Report on sanitation, dispensaries, and jails in Rajputana for 1910, and on vaccination for the year 1910-1911 - 1910-1911
Year: 1910
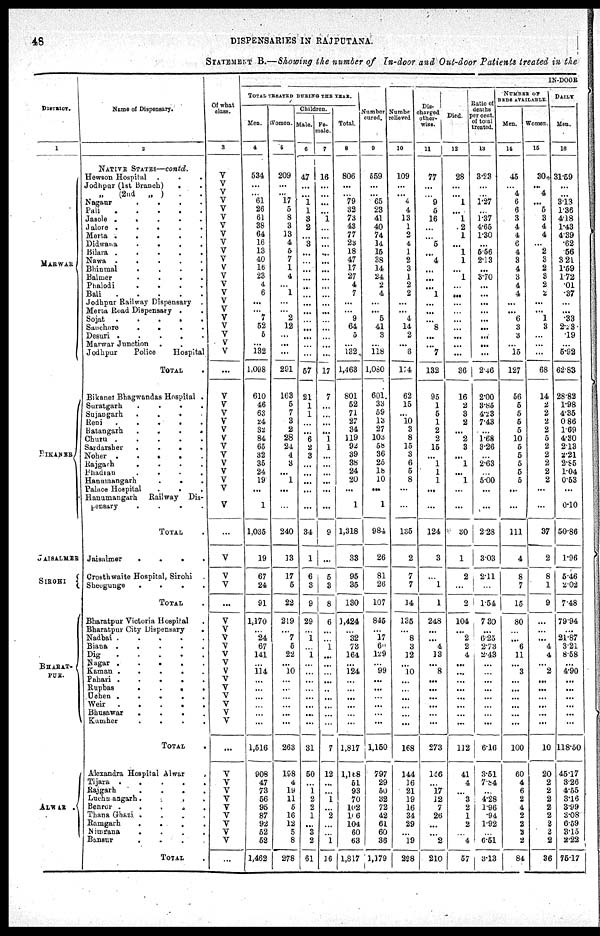
48
DISPENSARIES IN RAJPUTANA.
STATEMENT B.—Showing the number of In-door and Out-door Patients treated in the
DISTRICT.
1
MARWAR
BIKANER
JAISALMER
SIROHI
BHARAT-
PUR.
ALWAR
.
Name of Dispensary.
2
NATIVE STATES—contd.
Hewson Hospital .
.
.
Jodhpur (1st Branch)
. . .
„ (2nd „ )
. .
Nagaur
.
.
.
.
.
.
Pali . . . . . . .
Jasole . . . . . . .
Jalore . . . . . . .
Merta
.
.
.
.
.
.
.
Didwana
.
.
.
.
.
.
Bilara
.
.
.
.
.
.
Nawa
.
.
.
.
.
.
Bhinmal . . . . . . . .
Balmer . . . . . . . .
Phalodi . . . . . . . .
Bali . . . . . . . .
Jodhpar Railway Dispensary . .
Merta Road Dispensary . .
Sojat . . . . . .
Sanchore . . . . . . . .
Desuri . . . . . . . .
Marwar Junction . . . . . . . .
Jodhpur
Police
Hospital
TOTAL .
Bikaner Bhagwandas Hospital .
Suratgarh . . . . . .
Sujangarh . . . . . .
Reni
.
.
.
.
.
.
.
Ratangarh . . . . . . . .
Churu . . . . . . . .
Sardarsher . . . . . . .
Noher . . . . . . . .
Rajgarh . . . . . . .
Bhadran . . . . . . . .
Hanumangarh . . . . . .
Palace Hospital . . . . . . .
Hanumangarh
Railway Dis-
pensary . . . . . . . .
TOTAL .
Jaisalmer . . . . . . .
Crosth waite Hospital, Sirohi .
Sheogunge . . . . . . .
TOTAL .
Bharatpur Victoria Hospital . . .
Bharatpur City Dispensary
.
Nadbai
.
.
.
.
.
.
Biana
.
.
.
.
.
.
.
Dig
.
.
.
.
.
.
Nagar . . . . . . .
Kaman . . . . . . .
Pahari
.
.
.
.
.
.
.
Rupbas
.
.
.
.
.
.
Uchen
.
.
.
.
.
.
Weir . . . . . . . .
Bhusawar . . . . . . .
Kumher . . . . . . .
TOTAL .
Alexandra Hospital Alwar
.
Tijara . . . . . . . . . .
Rajgarh
.
.
.
.
.
.
Luchmangarh . . . . . . .
Benror . . . . . . .
Thana Ghazi . . . . . . .
Ramgarh . . . . .
Nimrana
.
.
.
.
.
.
Bansur
.
.
.
.
.
.
TOTAL .
Of what
class.
3
V
V
V
V
V
V
V
V
V
V
V
V
V
V
V
V
V
V
V
V
V
V
...
V
V
V
V
V
V
V
V
V
V
V
V
V
...
V
V
V
...
V
V
V
V
V
V
V
V
V
V
V
V
V
...
V
V
V
V
V
V
V
V
V
...
IN-DOOR
TOTAL TREATED DURING THE YEAR
Men.
4
534
...
...
61
26
61
38
64
16
13
40
16
23
4
6
...
...
7
52
5
...
132
1,098
610
46
63
24
32
84
65
32
35
24
19
...
1
1,035
19
67
24
91
1,170
...
24
67
141
...
114
...
...
...
...
...
...
1,516
908
47
73
56
95
87
92
52
52
1,462
Women.
5
209
...
... 17
5
8
3
13
4
5
7
1
4
...
1
...
...
2
12
...
...
...
291
163
5
7
3
2
28
24
4
3
...
1
...
...
240
13
17
5
22
219
...
7
5
22
... 10
...
...
...
...
...
...
263
198
4
19
11
5
16
12
5
8
278
Children.
Male.
6
47
...
...
1
1
3
2
...
3
...
...
...
...
...
...
...
...
...
...
...
...
...
57
21
1
1
...
...
6
2
3
...
...
...
...
...
34
1
6
3
9
29
...
1
...
1
...
...
...
...
...
...
...
...
31
50
...
1
2
2
1
...
3
2
61
Fe-
--le.
7
16
...
...
...
...
1
...
...
...
...
...
...
...
...
...
...
...
...
...
...
...
...
17
7
...
...
...
...
1
1
...
...
...
...
...
...
9
...
5
3
8
6
...
...
1
...
...
...
...
...
...
...
...
...
7
12
...
...
1
...
2
...
...
1
16
Total.
8
806
...
...
79
32
73
43
77
23
18
47
17
27
4
7
...
...
9
64
5
...
132
1,463
801
52
71
27
34
119
92
39
38
24
20
...
1
1,318
33
95
35
130
1,424
...
32
73
164
...
124
...
...
...
...
...
...
1,817
1,168
51
93
70
102
106
104
60
63
1,817
Number
cured.
9
559
...
...
65
23
41
40
74
14
15
38
14
24
2
4
...
...
5
41
3
...
118
1,080
601
33
59
13
27
103
58
36
25
18
10
...
1
984
26
81
26
107
845
...
17
60
129
... 99
...
...
...
...
...
...
1,150
797
29
50
32
72
42
61
60
36
1,179
Numbe
relieved
10
109
...
...
4
4
13
1
2
4
1
2
3
1
2
2
...
...
4
14
2
...
6
114
62
15
...
10
3
8
15
3
6
5
8
...
...
135
2
7
7
14
135
...
8
3
12
... 10
...
...
...
...
...
...
168
144
16
21
19
16
34
29
...
19
298
Dis-
charged
other-
wise.
11
77
...
...
9
5
16
...
...
5
...
4
...
...
...
1
...
...
...
8
...
...
7
132
95
1
5
1
2
2
15
...
1
1
1
...
...
124
3
...
1
1
248
...
...
4
13
... 8
...
...
...
...
...
...
273
146
...
17
12
7
26
...
...
2
210
Died.
12
28
...
...
1
...
1
2
1
...
1
1
...
1
...
...
...
...
...
...
...
...
...
36
16
2
3
2
...
2
3
...
1
...
1
...
...
30
1
2
...
2
104
...
2
2
4
...
...
...
...
...
...
...
...
112
41
4
...
3
2
1
2
...
4
57
Ratio of
deaths
per cent.
of total
treated.
13
3.23
...
...
1.27
...
1.37
4.65
1.30
...
5.56
2.13
...
3.70
...
...
...
...
...
...
...
...
...
2.46
2.00
3.85
4.23
7.43
...
1.68
3.26
...
2.63
...
5.00
...
...
2.28
3.03
2.11
...
1.54
7.30
...
6.25
2.73
2.43
...
...
...
...
...
...
...
...
6.16
3.51
7.84
...
4.28
1.96
.94
1.92
...
6.51
3.13
NUMBER OF
BEDS AVAILABLE
Men.
14
45
...
4
6
6
3
4
4
6
4
3
4
3
4
4
...
...
6
3
3
...
15
127
56
5
5
5
5
10
5
5
5
5
5
...
...
111
4
8
7
15
80
...
...
6
11
... 3
...
...
...
...
...
...
100
60
4
6
2
4
2
2
2
2
84
Women.
15
30
...
4
...
5
3
4
4
...
2
3
2
3
2
2
...
...
1
3
...
...
...
68
14
2
2
2
2
5
2
2
2
2
2
...
...
37
2
8
1
9
...
...
...
4
4
... 2
...
...
...
...
...
...
10
20
2
2
2
2
2
2
2
2
36
DAILY
Men.
16
31.59
...
...
3.13
1.36
4.18
1.43
4.39
.62
.56
3.21
1.59
1.72
.01
.37
...
...
.33
2.23
.19
...
5.92
62.83
28.82
1.98
4.35
0.86
1.69
4.30
2.13
2.21
2.85
1.04
0.53
...
0.10
50.86
1.96
5.46
2.02
7.48
79.94
...
21.87
3.21
8.58
...
4.90
...
...
...
...
...
...
118.50
45.17
3.26
4.55
3.16
3.99
3.08
6.59
3.15
2.22
75.17